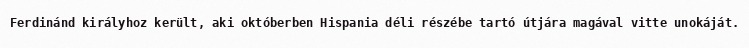
Ferdinánd királyhoz került, aki októberben Hispania déli részébe tartó útjára magával vitte unokáját.